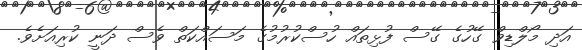
އަދި މޯލްޑިވް ގޭހުގެ ގޭސް ފުޅިތައް ހުސްކުރުމުގެ މަސައްކަތް ވެސް ދަނީ ކުރިއަށެވެ.